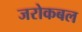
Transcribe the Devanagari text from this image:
जरोकबल